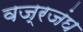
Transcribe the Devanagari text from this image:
वज्रजंघ